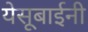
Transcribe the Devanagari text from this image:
येसूबाईनी